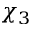
\chi _ { 3 }